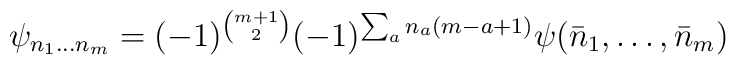
\psi_{n_1\ldots n_m}=(-1)^{{m+1 \choose 2}}(-1)^{\sum_an_a(m-a+1)}\psi(\bar{n}_1,\ldots,\bar{n}_m)